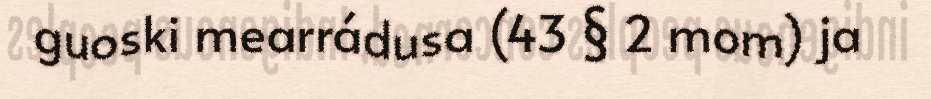
guoski mearrádusa (43 § 2 mom) ja